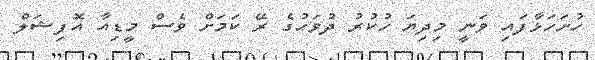
ހުށަހަޅާފައި ވަނީ މިދިޔަ ހުކުރު ދުވަހުގެ ރޭ ކަމަށް ވެސް މީޑިއާ އޮފިޝަލް